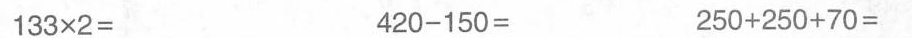
133\times2= 420-150= 150+250+70=